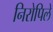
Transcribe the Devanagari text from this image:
निरोपिले